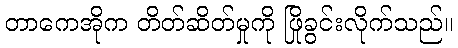
တာကေအိုက တိတ်ဆိတ်မှုကို ဖြိုခွင်းလိုက်သည်။